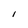
Character: l